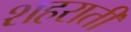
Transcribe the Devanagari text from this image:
शहराती